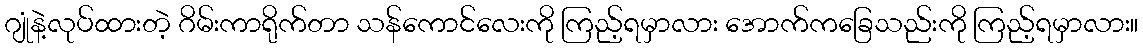
ဂျုံနဲ့လုပ်ထားတဲ့ ဂိမ်းကာရိုက်တာ သန်ကောင်လေးကို ကြည့်ရမှာလား အောက်ကခြေသည်းကို ကြည့်ရမှာလား။